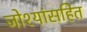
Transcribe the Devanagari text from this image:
जोश्यांसहित